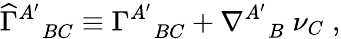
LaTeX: {\widehat\Gamma}_{\; \; \; BC}^{A^{\prime}}\equiv\Gamma_{\; \; \; BC}^{A^{\prime}}+\nabla_{\; \; \; B}^{A^{\prime}}\; \nu_{C}\; ,